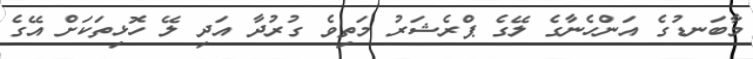
މާބަނޑުގެ އަންހެނާގެ ލޭގެ ޕްރެޝަރު މަތިވެ ގުރުދާ އަދި ލޭ ހޮޅިތަކަށް އޭގެ